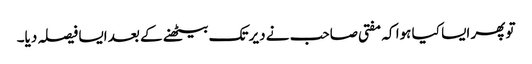
تو پھر ایسا کیا ہوا کہ مفتی صاحب نے دیر تک بیٹھنے کے بعد ایسا فیصلہ دیا۔